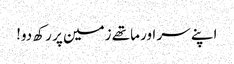
اپنے سر اور ماتھے زمین پر رکھ دو!